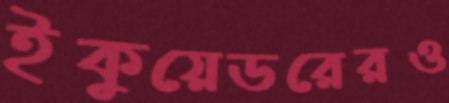
ইকুয়েডরেরও